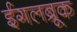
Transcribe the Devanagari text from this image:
ईगलब्रूक